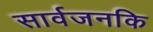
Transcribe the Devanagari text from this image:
सार्वजनकि